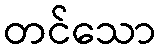
တင်သော